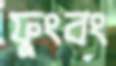
ফুংবং